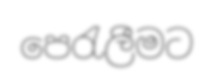
පෙරැලීමට